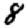
Digit: 8